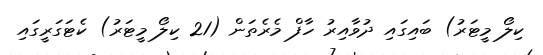
ކިލޯ މީޓަރު) ބައިގައި ދުވާއިރު ހާފް މެރެތަން (21 ކިލޯ މީޓަރު) ކެޓަގަރީގައި